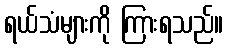
ရယ်သံများကို ကြားရသည်။